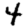
Digit: 4